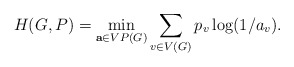
\begin{align*}H(G,P) = \min_{\mathbf{a}\in VP(G)} \sum_{v\in V(G)} p_v\log (1/a_v).\end{align*}